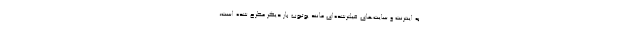
به اینترنت و سایت‌های فیلترشده‌ای مانند یوتیوب بار دیگر مطرح شده است،